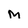
Character: M